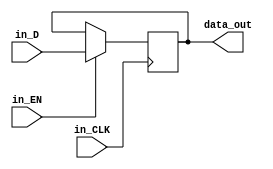
// -- Meghana Jain, Binghamton University
// -- Digital Logic Design / Sophomore Design

module dff_en(
	input in_D, in_EN, in_CLK,
	output reg data_out
	);
	always @ (posedge in_CLK)
		if(in_EN)
			data_out<=in_D;

endmodule